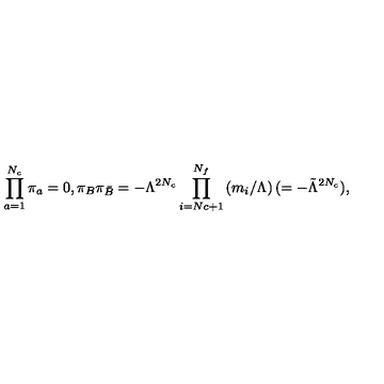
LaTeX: \prod _ { a = 1 } ^ { N _ { c } } \pi _ { a } = 0 , \pi _ { B } \pi _ { \bar { B } } = - \Lambda ^ { 2 N _ { c } } \prod _ { i = N c + 1 } ^ { N _ { f } } \left( m _ { i } / \Lambda \right) ( = - { \tilde { \Lambda } } ^ { 2 N _ { c } } ) ,